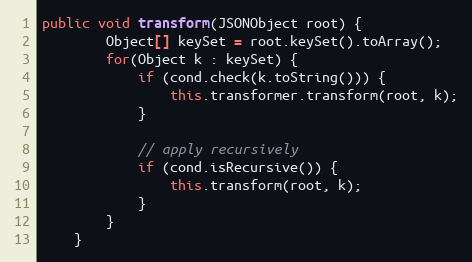
Language: Java
public void transform(JSONObject root) {
        Object[] keySet = root.keySet().toArray();
        for(Object k : keySet) {
            if (cond.check(k.toString())) {
                this.transformer.transform(root, k);
            }

            // apply recursively
            if (cond.isRecursive()) {
                this.transform(root, k);
            }
        }
    }